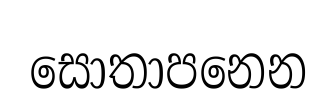
සොතාපනෙන